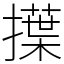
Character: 擛